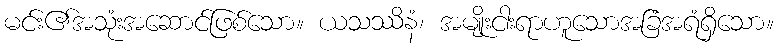
မင်း၏အသုံးအဆောင်ဖြစ်သော။ ယသဿိနံ၊ အမျိုးငါးရာဟူသောအခြံအရံရှိသော။